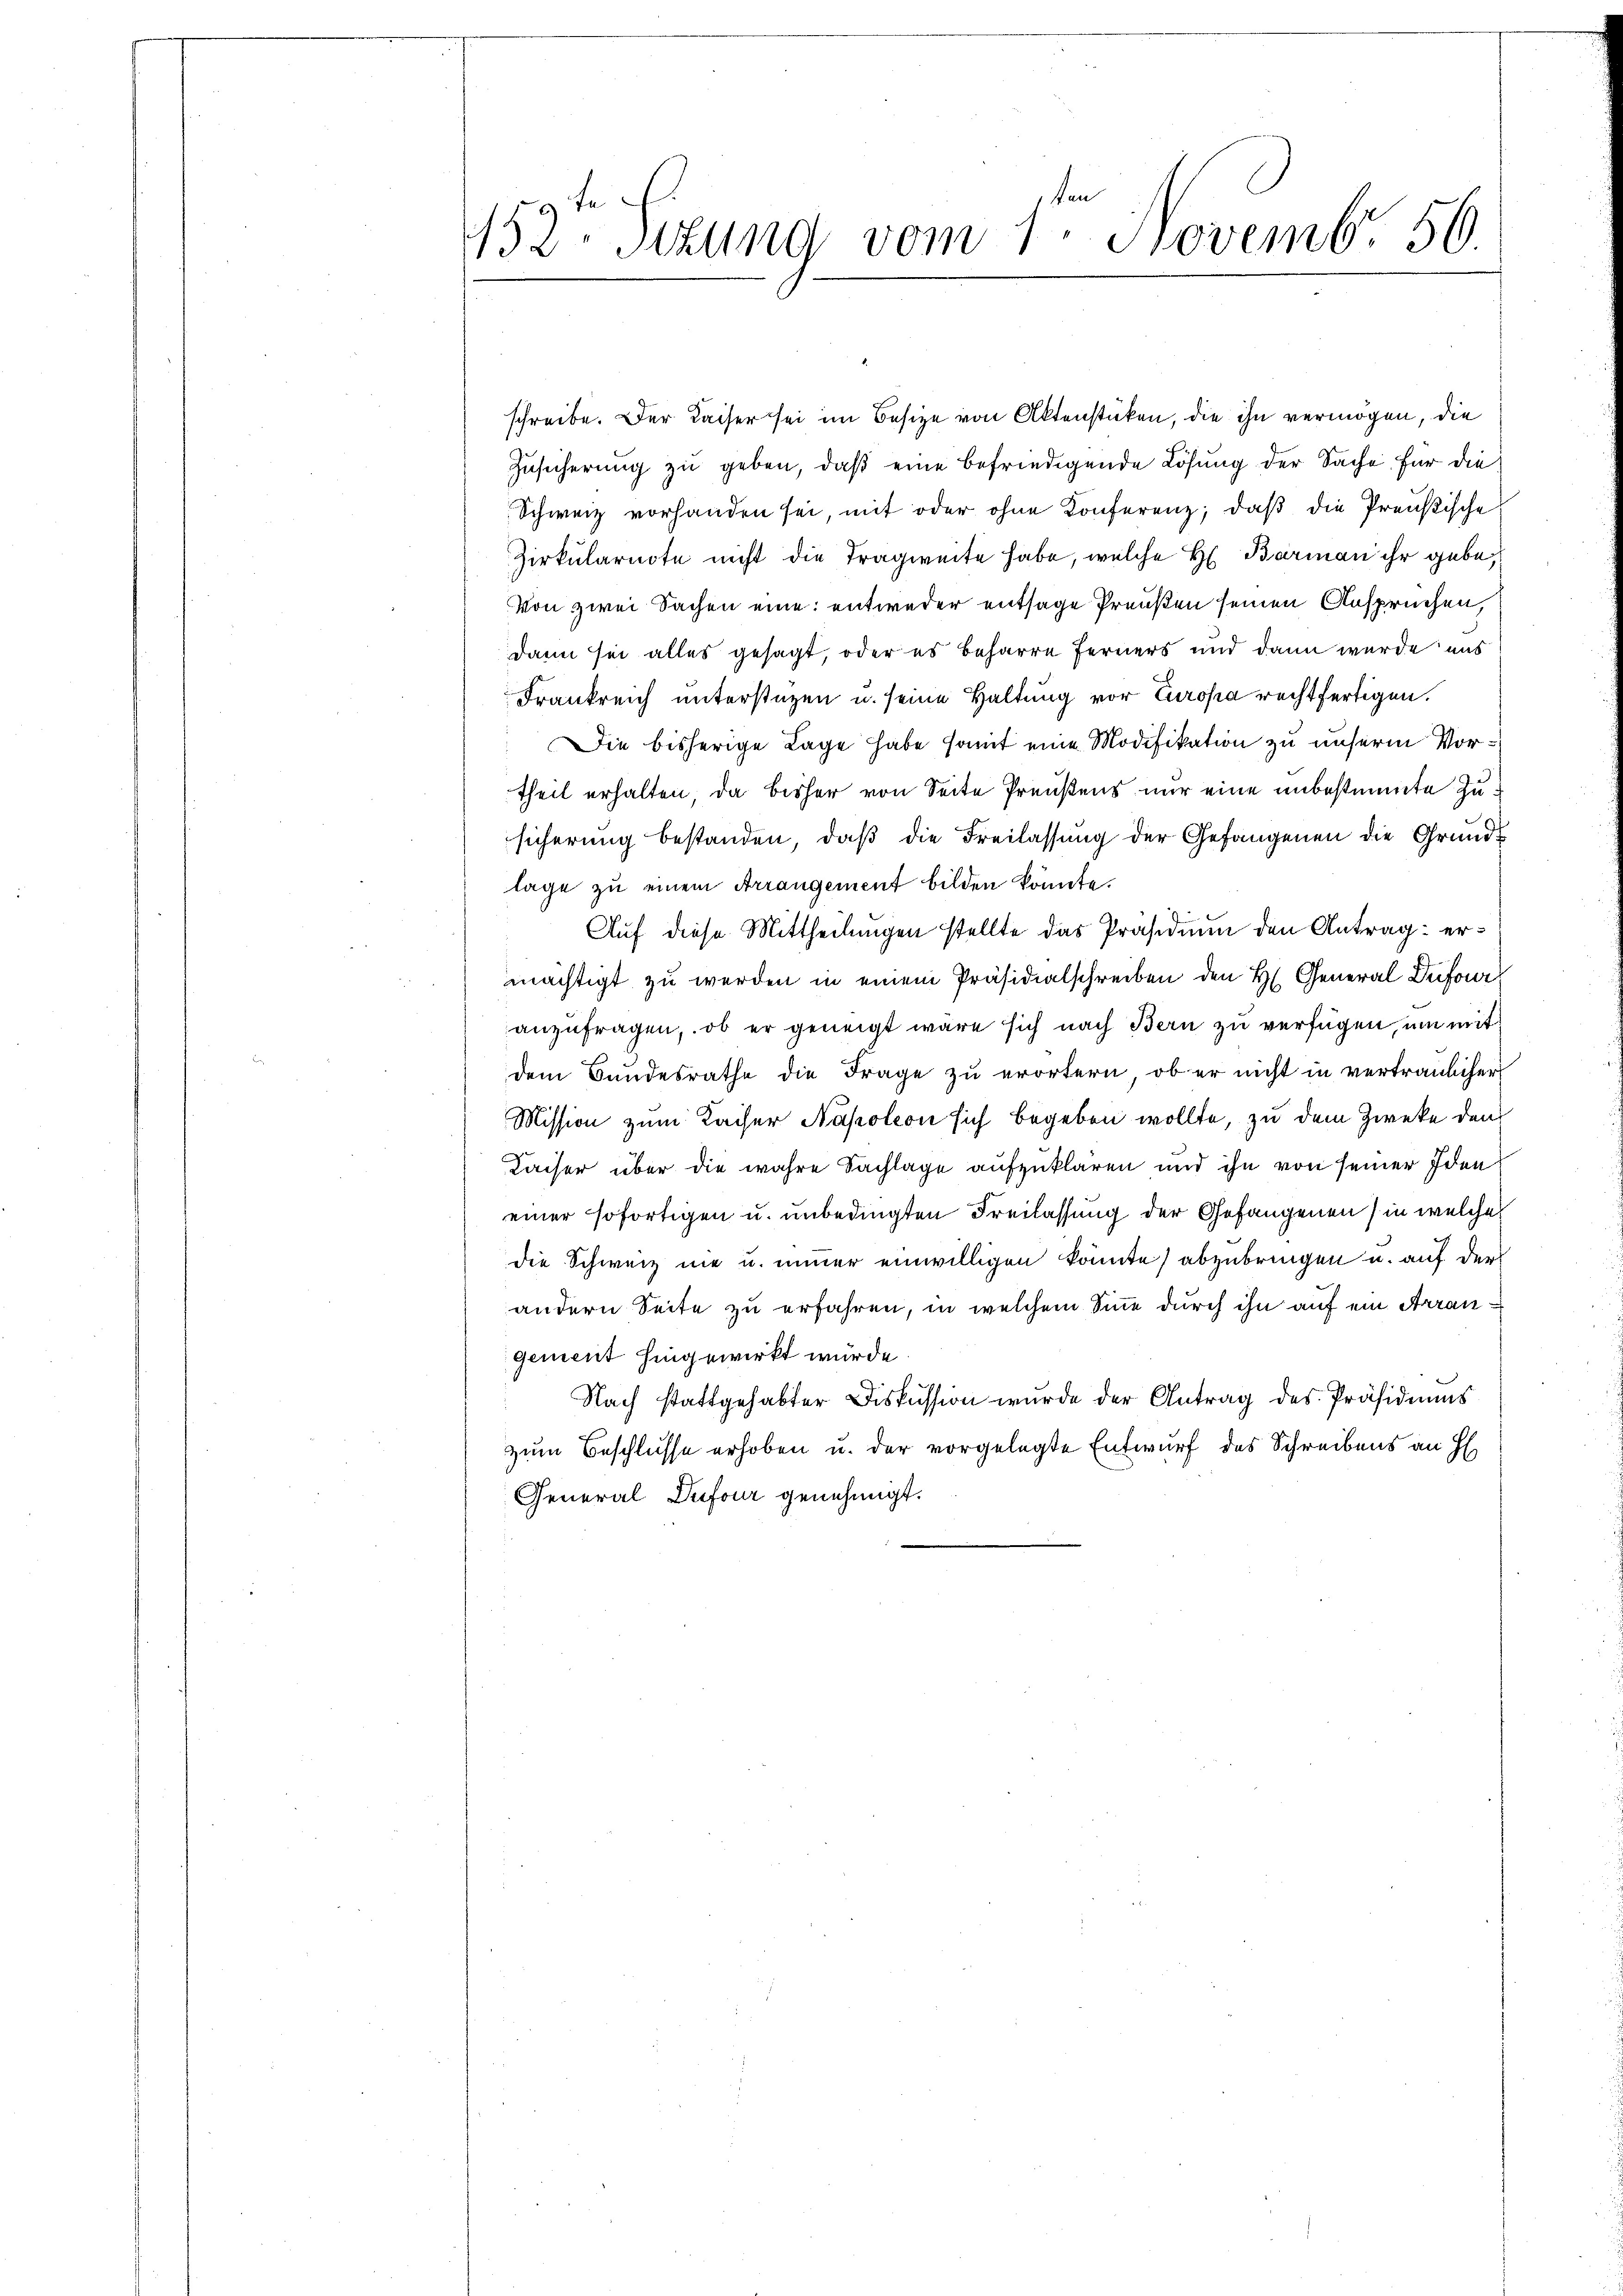
ken
152. Sitzung vom 1. Novemb. 56.

schreibe. Der Kaiser sei im Besize von Aktenstücken, die ihn vermögen, die
Zusicherung zu geben, daß eine befriedigende Lösung der Sache für die
Schweiz vorhanden sei, mit oder ohne Konferenz, daß die Preußische
Zirkularnote nicht die Tragweite habe, welche H. Barman ihr gebe,
Von zwei Sachen eine entweder entsage Preußen seinen Anspruchen,
dann sei alles gesagt, oder es beharre Ferners und dann wurde uns
Frankreich unterstüzen u. seine Haltung vor Europa rechtfertigen.
Die bisherige Lage habe somit eine Modifikation zu unserm Vortheil erhalten, da bisher von Seite Preußens nur eine unbestimmte Zusicherung bestanden, daß die Freilassung der Gefangenen die Grundlage zu einem Arrangement bilden könnte.
Auf diese Mittheilungen stellte das Präsidium den Antrag ermächtigt zu werden in einem Präsidialschreiben den H. General Deifor
anzufragen, ob er geneigt wäre sich nach Bern zu verfügen, um mit
dem Bundesrathe die Frage zu erörtern, ob er nicht in vertraulicher
Mission zum Kaiser Napoleon sich begeben wollte, zu dem Zwecke den
Kaiser über die wahre Sachlage aufzuklären und ihn von seiner Ideneiner sofortigen u. unbedingten Freilassung der Gefangenen) in welche
die Schweiz nie u. immer einwilligen könnte) abzubringen u. auf der
andern Seite zu erfahren, in welchem Sinne durch ihn auf ein Arrangement hingewirkt würde.
Nach stattgehabter Diskussion wurde der Antrag des Präsidiums
zum Beschlusse erhoben u. der vorgelegte Entwurf des Schreibens an H
General Dufour genehmigt.